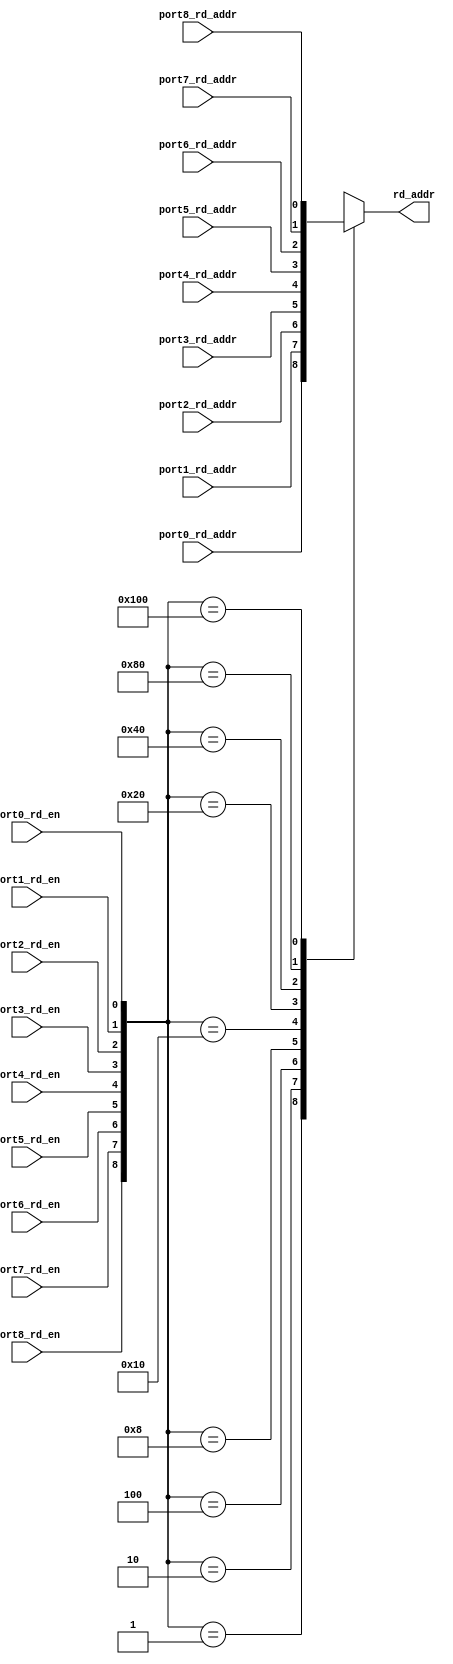
// This program was cloned from: https://github.com/VerticalResearchGroup/miaow
// License: BSD 3-Clause "New" or "Revised" License

module rd_port_9_to_1 (
  port0_rd_en,
  port0_rd_addr,

  port1_rd_en,
  port1_rd_addr,

  port2_rd_en,
  port2_rd_addr,

  port3_rd_en,
  port3_rd_addr,

  port4_rd_en,
  port4_rd_addr,

  port5_rd_en,
  port5_rd_addr,

  port6_rd_en,
  port6_rd_addr,

  port7_rd_en,
  port7_rd_addr,

  port8_rd_en,
  port8_rd_addr,

  rd_addr
);

  parameter WIDTH = 1;

  input               port0_rd_en;
  input [WIDTH - 1:0] port0_rd_addr;
  input               port1_rd_en;
  input [WIDTH - 1:0] port1_rd_addr;
  input               port2_rd_en;
  input [WIDTH - 1:0] port2_rd_addr;
  input               port3_rd_en;
  input [WIDTH - 1:0] port3_rd_addr;
  input               port4_rd_en;
  input [WIDTH - 1:0] port4_rd_addr;
  input               port5_rd_en;
  input [WIDTH - 1:0] port5_rd_addr;
  input               port6_rd_en;
  input [WIDTH - 1:0] port6_rd_addr;
  input               port7_rd_en;
  input [WIDTH - 1:0] port7_rd_addr;
  input               port8_rd_en;
  input [WIDTH - 1:0] port8_rd_addr;

  output [WIDTH - 1:0]  rd_addr;

  reg [WIDTH - 1:0]     rd_addr;

   always @ (
      port0_rd_en or port1_rd_en or port2_rd_en or port3_rd_en or port4_rd_en or
      port5_rd_en or port6_rd_en or port7_rd_en or port8_rd_en or
      port0_rd_addr or port1_rd_addr or port2_rd_addr or port3_rd_addr or
      port4_rd_addr or port5_rd_addr or port6_rd_addr or port7_rd_addr or port8_rd_addr)
   begin
      casex({port8_rd_en, port7_rd_en, port6_rd_en, port5_rd_en, port4_rd_en,
            port3_rd_en, port2_rd_en, port1_rd_en, port0_rd_en})
         9'b000000001: rd_addr <= port0_rd_addr;
         9'b000000010: rd_addr <= port1_rd_addr;
         9'b000000100: rd_addr <= port2_rd_addr;
         9'b000001000: rd_addr <= port3_rd_addr;
         9'b000010000: rd_addr <= port4_rd_addr;
         9'b000100000: rd_addr <= port5_rd_addr;
         9'b001000000: rd_addr <= port6_rd_addr;
         9'b010000000: rd_addr <= port7_rd_addr;
         9'b100000000: rd_addr <= port8_rd_addr;
         default: rd_addr <= 6'bxxxxxx;
      endcase
   end

endmodule